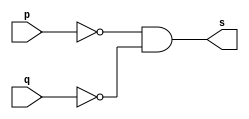
// -------------------------
// Exemplo04 - NOR
// Nome: Fbio Fiuza Pereira
// -------------------------
// -------------------------
// -- nor gate
// -------------------------
module orgate ( output s,
input p, q);
assign s = ~p & ~q;
endmodule // norgate
// ---------------------
// -- test nor gate
// ---------------------
module testnorgate;
// ------------------------- dados locais
reg a, b; // definir registradores
wire s; // definir conexao (fio)
// ------------------------- instancia
orgate NOR1 (s, a, b);
// ------------------------- preparacao
initial begin:start
// atribuicao simultanea
// dos valores iniciais
a=0; b=0;
end
// ------------------------- parte principal
initial begin
$display("Exemplo04 - Fbio Fiuza Pereira - 406087");
$display("Test OR gate");
$display("\na & b = s\n");
a=0; b=0;
#1 $display("%b & %b, = %b", a, b, s);
a=0; b=1;
#1 $display("%b & %b = %b", a, b, s);
a=1; b=0;
#1 $display("%b & %b = %b", a, b, s);
a=1; b=1;
#1 $display("%b & %b = %b", a, b, s);
end
endmodule // testnorgate